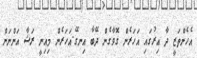
އެހެންތަޒީ ދާ އިރުގައި އަހަރެން ގޮވާގެން ދޭބާ އިނގޭ.އަހަރެން މިއިނީ ރަޝާ އަންނަން